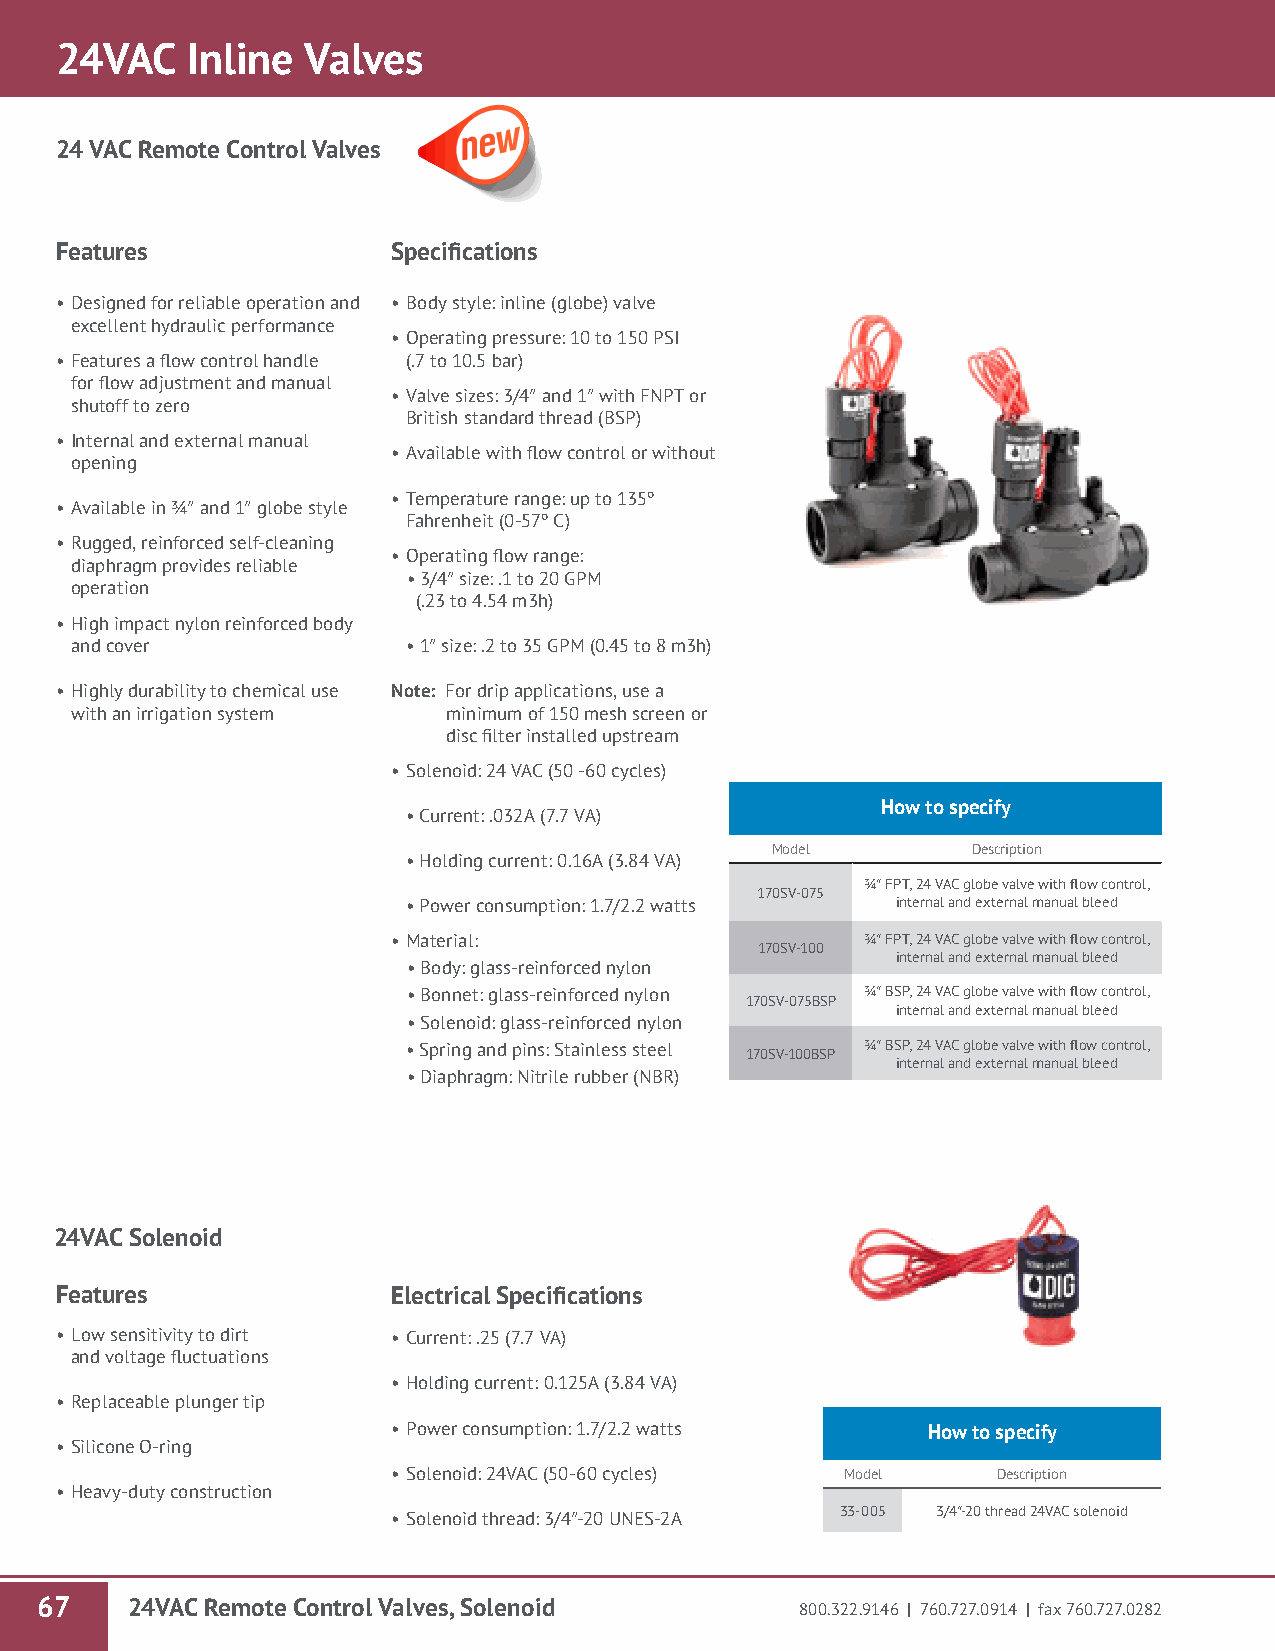
24VAC   Inline  Valves
 24 VAC Remote Control Valves
 Features              Specifications
 • Designed for reliable operation and • Body style: inline (globe) valve
 excellent hydraulic performance
 • Operating pressure: 10 to 150 PSI
 • Features a flow control handle (.7 to 10.5 bar)
 for flow adjustment and manual
 • Valve sizes: 3/4″ and 1″ with FNPT or
 shutoff to zero
 British standard thread (BSP)
 • Internal and external manual
 • Available with flow control or without
 opening
 • Temperature range: up to 135º
 • Available in ¾″ and 1″ globe style
 Fahrenheit (0-57º C)
 • Rugged, reinforced self-cleaning
 • Operating flow range:
 diaphragm provides reliable
 • 3/4″ size: .1 to 20 GPM
 operation
 (.23 to 4.54 m3h)
 • High impact nylon reinforced body
 and cover             • 1″ size: .2 to 35 GPM (0.45 to 8 m3h)
 • Highly durability to chemical use Note: For drip applications, use a
 with an irrigation system minimum of 150 mesh screen or
 disc filter installed upstream
 • Solenoid: 24 VAC (50 -60 cycles)
 How to specify
 • Current: .032A (7.7 VA)
 Model        Description
 • Holding current: 0.16A (3.84 VA)
 ¾″ FPT, 24 VAC globe valve with flow control,
 170SV-075
 • Power consumption: 1.7/2.2 watts internal and external manual bleed
 • Material:                    ¾″ FPT, 24 VAC globe valve with flow control,
 170SV-100
 internal and external manual bleed
 • Body: glass-reinforced nylon
 • Bonnet: glass-reinforced nylon ¾″ BSP, 24 VAC globe valve with flow control,
 170SV-075BSP
 internal and external manual bleed
 • Solenoid: glass-reinforced nylon
 • Spring and pins: Stainless steel ¾″ BSP, 24 VAC globe valve with flow control,
 170SV-100BSP
 internal and external manual bleed
 • Diaphragm: Nitrile rubber (NBR)
 24VAC Solenoid
 Features              Electrical Specifications
 • Low sensitivity to dirt • Current: .25 (7.7 VA)
 and voltage fluctuations
 • Holding current: 0.125A (3.84 VA)
 • Replaceable plunger tip
 • Power consumption: 1.7/2.2 watts How to specify
 • Silicone O-ring
 • Solenoid: 24VAC (50-60 cycles) Model  Description
 • Heavy-duty construction
 • Solenoid thread: 3/4″-20 UNES-2A 33-005 3/4″-20 thread 24VAC solenoid
 67    24VAC Remote Control Valves, Solenoid        800.322.9146 | 760.727.0914 | fax 760.727.0282